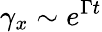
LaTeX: \gamma_{x}\sim e^{\Gamma t}